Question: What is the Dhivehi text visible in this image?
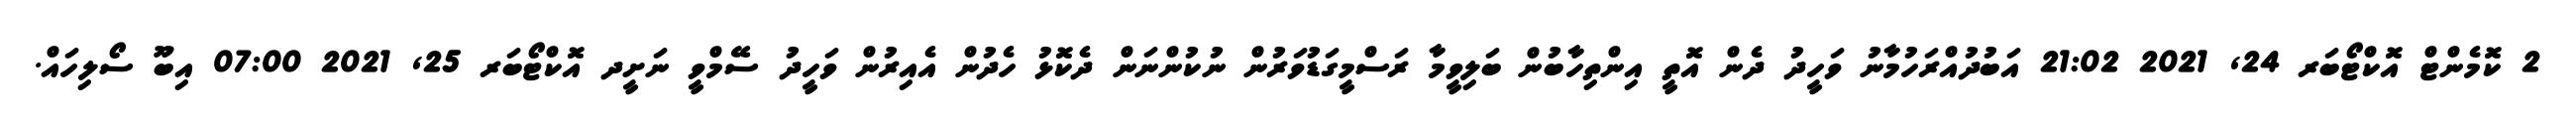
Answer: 2 ކޮމެންޓް އޮކްޓޯބަރ 24, 2021 21:02 އަބުދުއްރަހުމާނު ވަހީދު ދެން އޮތީ އިންތިހާބުން ބަލިވީމާ ރަސްމީގަޑުވަރުން ނުކުންނަން ދެކޮޅު ހެދުން އެއިރުން ވަހީދު ސޭމްވީ ނަށީދ އޮކްޓޯބަރ 25, 2021 07:00 އިބޫ ސޯލިހައް.